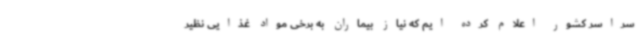
سراسر کشور اعلام کرده ایم که نیاز بیماران به برخی مواد غذایی نظیر